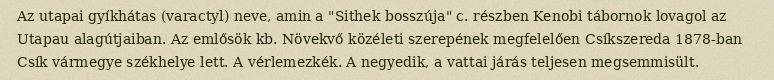
Az utapai gyíkhátas (varactyl) neve, amin a "Sithek bosszúja" c. részben Kenobi tábornok lovagol az Utapau alagútjaiban. Az emlősök kb. Növekvő közéleti szerepének megfelelően Csíkszereda 1878-ban Csík vármegye székhelye lett. A vérlemezkék. A negyedik, a vattai járás teljesen megsemmisült.